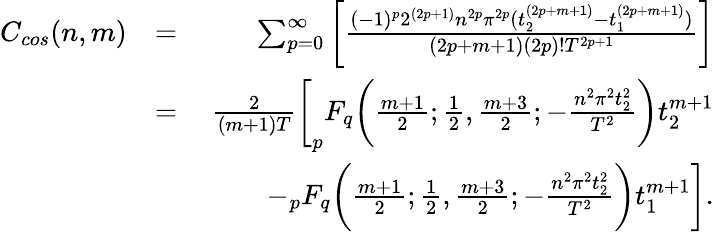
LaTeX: \begin{array}{rlr}{C_{cos}(n,m)}&{=}&{\sum_{p=0}^{\infty}\bigg[\frac{(-1)^{p}2^{(2p+1)}n^{2p}\pi^{2p}(t_{2}^{(2p+m+1)}-t_{1}^{(2p+m+1)})}{(2p+m+1)(2p)!T^{2p+1}}\bigg]}\\ &{=}&{\frac{2}{(m+1)T}\bigg[_{p}F_{q}\bigg(\frac{m+1}{2};\frac{1}{2},\frac{m+3}{2};-\frac{n^{2}\pi^{2}t_{2}^{2}}{T^{2}}\bigg)t_{2}^{m+1}}\\ &{\quad}&{-_{p}F_{q}\bigg(\frac{m+1}{2};\frac{1}{2},\frac{m+3}{2};-\frac{n^{2}\pi^{2}t_{2}^{2}}{T^{2}}\bigg)t_{1}^{m+1}\bigg].}\end{array}